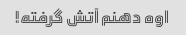
اوه دهنم آتش گرفته!